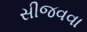
સીજવવા